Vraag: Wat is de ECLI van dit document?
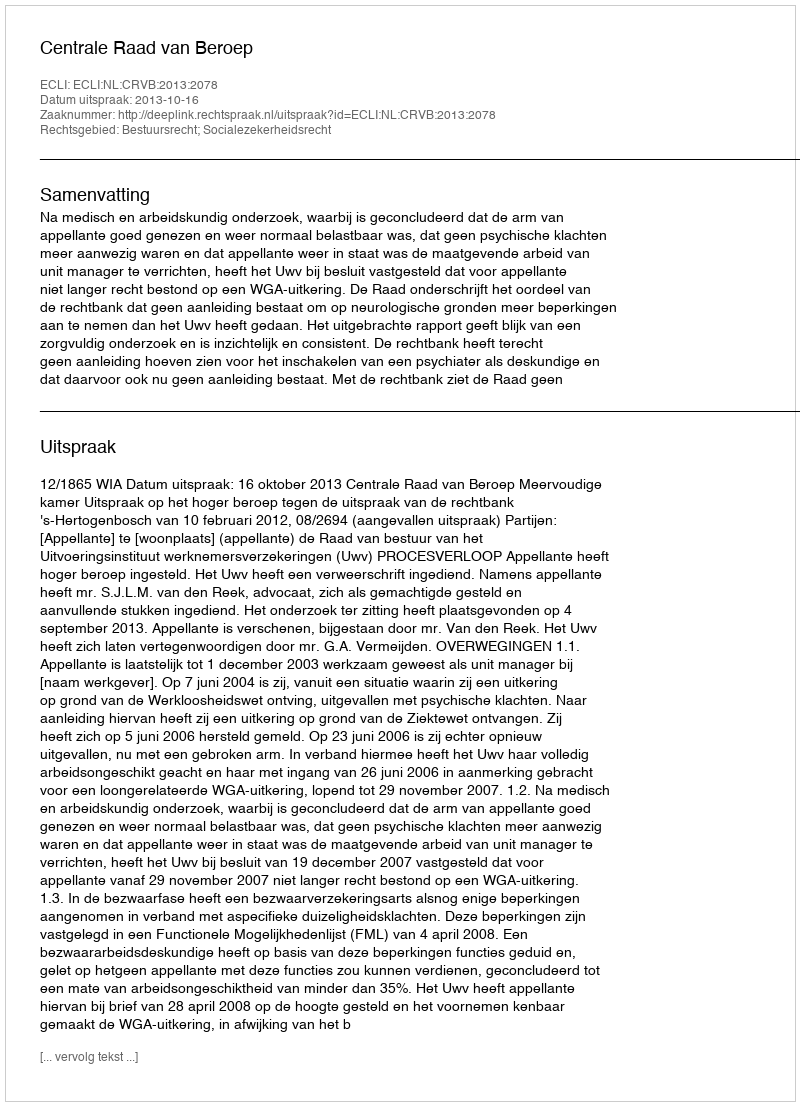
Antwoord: ECLI:NL:CRVB:2013:2078